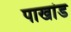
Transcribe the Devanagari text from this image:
पाखांड